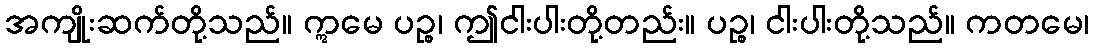
အကျိုးဆက်တို့သည်။ ဣမေ ပဉ္စ၊ ဤငါးပါးတို့တည်း။ ပဉ္စ၊ ငါးပါးတို့သည်။ ကတမေ၊